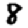
Digit: 8